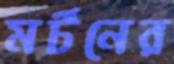
মর্টনের